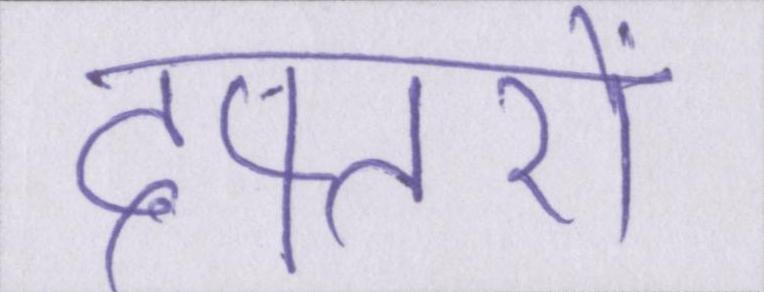
दफ्तरों